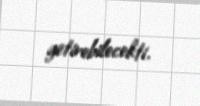
getirebilecekti.